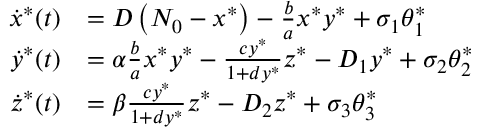
\begin{array} { r l } { \dot { x } ^ { * } ( t ) } & { = D \left( N _ { 0 } - x ^ { * } \right) - \frac { b } { a } x ^ { * } y ^ { * } + \sigma _ { 1 } \theta _ { 1 } ^ { * } } \\ { \dot { y } ^ { * } ( t ) } & { = \alpha \frac { b } { a } x ^ { * } y ^ { * } - \frac { c y ^ { * } } { 1 + d y ^ { * } } z ^ { * } - D _ { 1 } y ^ { * } + \sigma _ { 2 } \theta _ { 2 } ^ { * } } \\ { \dot { z } ^ { * } ( t ) } & { = \beta \frac { c y ^ { * } } { 1 + d y ^ { * } } z ^ { * } - D _ { 2 } z ^ { * } + \sigma _ { 3 } \theta _ { 3 } ^ { * } } \end{array}